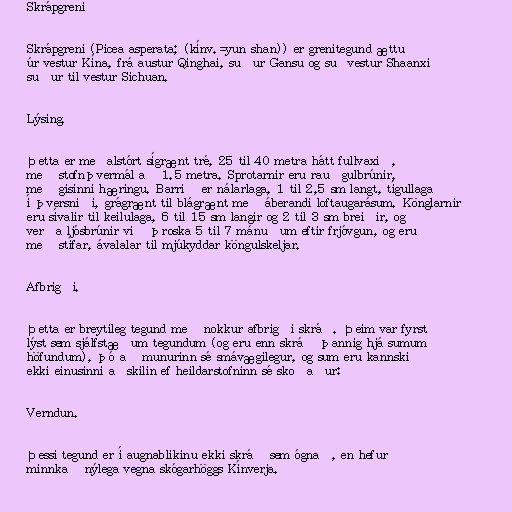
Skrápgreni

Skrápgreni (Picea asperata; (kínv.=yun shan)) er grenitegund ættuð
úr vestur Kína, frá austur Qinghai, suður Gansu og suðvestur Shaanxi
suður til vestur Sichuan.

Lýsing.

Þetta er meðalstórt sígrænt tré, 25 til 40 metra hátt fullvaxið,
með stofnþvermál að 1.5 metra. Sprotarnir eru rauðgulbrúnir,
með gisinni hæringu. Barrið er nálarlaga, 1 til 2,5 sm langt, tígullaga
í þversniði, grágrænt til blágrænt með áberandi loftaugarásum. Könglarnir
eru sívalir til keilulaga, 6 til 15 sm langir og 2 til 3 sm breiðir, og
verða ljósbrúnir við þroska 5 til 7 mánuðum eftir frjóvgun, og eru
með stífar, ávalalar til mjúkyddar köngulskeljar.

Afbrigði.

Þetta er breytileg tegund með nokkur afbrigði skráð. Þeim var fyrst
lýst sem sjálfstæðum tegundum (og eru enn skráð þannig hjá sumum
höfundum), þó að munurinn sé smávægilegur, og sum eru kannski
ekki einusinni aðskilin ef heildarstofninn sé skoðaður:

Verndun.

Þessi tegund er í augnablikinu ekki skráð sem ógnað, en hefur
minnkað nýlega vegna skógarhöggs Kínverja.